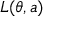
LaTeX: L ( \theta , a )